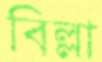
বিল্লা